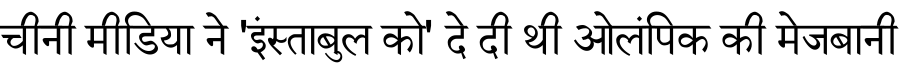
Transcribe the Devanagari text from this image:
चीनी मीडिया ने 'इंस्ताबुल को' दे दी थी ओलंपिक की मेजबानी